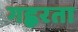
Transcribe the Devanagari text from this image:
गह्वरता